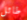
طائل